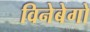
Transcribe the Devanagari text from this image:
विनेबेगो